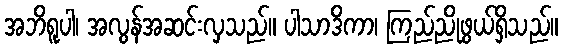
အဘိရူပါ၊ အလွန်အဆင်းလှသည်။ ပါသာဒိကာ၊ ကြည်ညိုဖွယ်ရှိသည်။